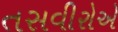
તસવીરોએ